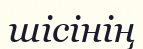
шісінің